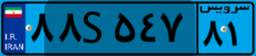
۸۸S۵۴۷۸۱